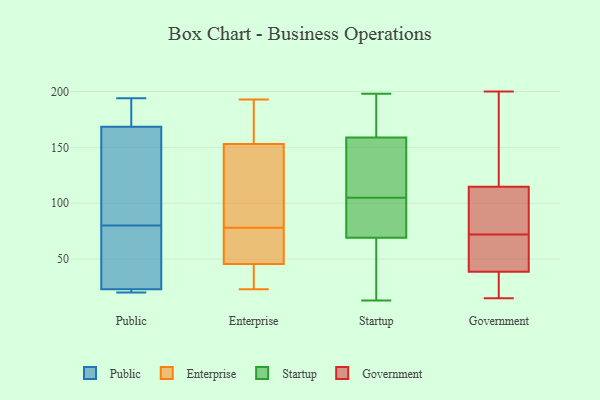
{"axis": {"x": "Revenue (USD Million)", "y": "Value"}, "legend": ["Enterprise", "Government", "Public", "Startup"], "data": [{"x": "", "y": 23, "type": "Public"}, {"x": "", "y": 194, "type": "Public"}, {"x": "", "y": 192, "type": "Public"}, {"x": "", "y": 20, "type": "Public"}, {"x": "", "y": 33, "type": "Public"}, {"x": "", "y": 25, "type": "Public"}, {"x": "", "y": 160, "type": "Public"}, {"x": "", "y": 127, "type": "Public"}, {"x": "", "y": 23, "type": "Public"}, {"x": "", "y": 167, "type": "Public"}, {"x": "", "y": 170, "type": "Public"}, {"x": "", "y": 20, "type": "Public"}, {"x": "", "y": 54, "type": "Enterprise"}, {"x": "", "y": 174, "type": "Enterprise"}, {"x": "", "y": 35, "type": "Enterprise"}, {"x": "", "y": 157, "type": "Enterprise"}, {"x": "", "y": 141, "type": "Enterprise"}, {"x": "", "y": 193, "type": "Enterprise"}, {"x": "", "y": 53, "type": "Enterprise"}, {"x": "", "y": 23, "type": "Enterprise"}, {"x": "", "y": 40, "type": "Enterprise"}, {"x": "", "y": 98, "type": "Enterprise"}, {"x": "", "y": 164, "type": "Enterprise"}, {"x": "", "y": 107, "type": "Enterprise"}, {"x": "", "y": 43, "type": "Enterprise"}, {"x": "", "y": 62, "type": "Enterprise"}, {"x": "", "y": 78, "type": "Enterprise"}, {"x": "", "y": 53, "type": "Startup"}, {"x": "", "y": 66, "type": "Startup"}, {"x": "", "y": 175, "type": "Startup"}, {"x": "", "y": 180, "type": "Startup"}, {"x": "", "y": 159, "type": "Startup"}, {"x": "", "y": 106, "type": "Startup"}, {"x": "", "y": 150, "type": "Startup"}, {"x": "", "y": 79, "type": "Startup"}, {"x": "", "y": 69, "type": "Startup"}, {"x": "", "y": 102, "type": "Startup"}, {"x": "", "y": 160, "type": "Startup"}, {"x": "", "y": 42, "type": "Startup"}, {"x": "", "y": 198, "type": "Startup"}, {"x": "", "y": 13, "type": "Startup"}, {"x": "", "y": 139, "type": "Startup"}, {"x": "", "y": 123, "type": "Startup"}, {"x": "", "y": 104, "type": "Startup"}, {"x": "", "y": 71, "type": "Startup"}, {"x": "", "y": 76, "type": "Government"}, {"x": "", "y": 39, "type": "Government"}, {"x": "", "y": 199, "type": "Government"}, {"x": "", "y": 188, "type": "Government"}, {"x": "", "y": 49, "type": "Government"}, {"x": "", "y": 73, "type": "Government"}, {"x": "", "y": 90, "type": "Government"}, {"x": "", "y": 147, "type": "Government"}, {"x": "", "y": 60, "type": "Government"}, {"x": "", "y": 40, "type": "Government"}, {"x": "", "y": 38, "type": "Government"}, {"x": "", "y": 72, "type": "Government"}, {"x": "", "y": 18, "type": "Government"}, {"x": "", "y": 15, "type": "Government"}, {"x": "", "y": 200, "type": "Government"}, {"x": "", "y": 16, "type": "Government"}, {"x": "", "y": 104, "type": "Government"}]}